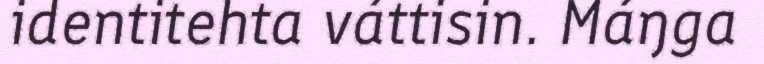
identitehta váttisin. Máŋga